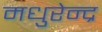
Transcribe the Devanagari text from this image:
मधुरेन्द्र